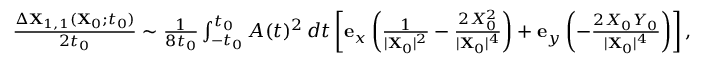
\begin{array} { r } { \frac { \Delta \mathbf { X } _ { 1 , 1 } ( \mathbf { X } _ { 0 } ; t _ { 0 } ) } { 2 t _ { 0 } } \sim \frac { 1 } { 8 t _ { 0 } } \int _ { - t _ { 0 } } ^ { t _ { 0 } } A ( t ) ^ { 2 } \, d t \left[ \mathbf { e } _ { x } \left( \frac { 1 } { \vert \mathbf { X } _ { 0 } \vert ^ { 2 } } - \frac { 2 X _ { 0 } ^ { 2 } } { \vert \mathbf { X } _ { 0 } \vert ^ { 4 } } \right) + \mathbf { e } _ { y } \left( - \frac { 2 X _ { 0 } Y _ { 0 } } { \vert \mathbf { X } _ { 0 } \vert ^ { 4 } } \right) \right] , } \end{array}